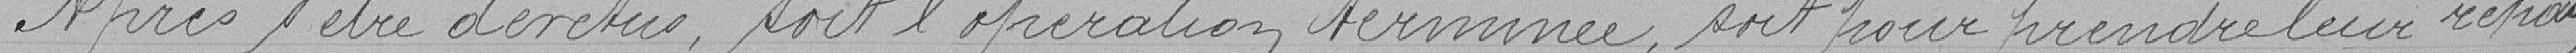
Après s'être dévêtus, soit l'opération terminée, soit pour prendre leur